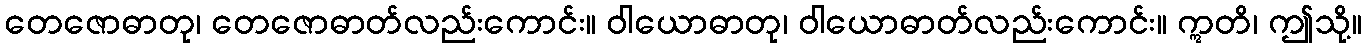
တေဇောဓာတု၊ တေဇောဓာတ်လည်းကောင်း။ ဝါယောဓာတု၊ ဝါယောဓာတ်လည်းကောင်း။ ဣတိ၊ ဤသို့။